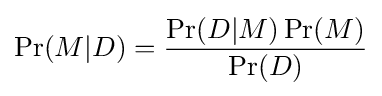
\Pr(M|D)={\frac {\Pr(D|M)\Pr(M)}{\Pr(D)}}